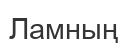
Ламның